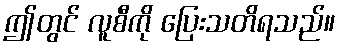
ဤတွင် လူစီကို ပြေးသတိရသည်။